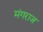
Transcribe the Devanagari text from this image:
मंगराज